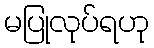
မပြုလုပ်ရဟု